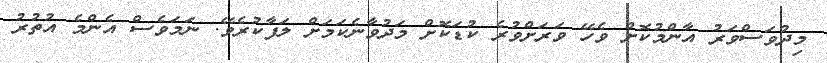
މިދުވަސްވަރު އާންމުކޮށް ވެހޭ ވަރަށްވުރެ ކުޑަކޮށް މަދުވާނެކަމަށް ލަފާކުރެވޭ. ނަމަވެސް އެންމެ އުތުރު